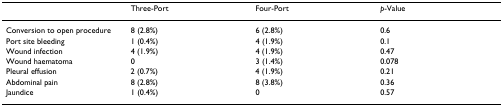
|  | Three-Port | Four-Port | p-Value |
 | --- | --- | --- | --- |
 | Conversion to open procedure | 8 (2.8%) | 6 (2.8%) | 0.6 |
 | Port site bleeding | 1 (0.4%) | 4 (1.9%) | 0.1 |
 | Wound infection | 4 (1.9%) | 4 (1.9%) | 0.47 |
 | Wound haematoma | 0 | 3 (1.4%) | 0.078 |
 | Pleural effusion | 2 (0.7%) | 4 (1.9%) | 0.21 |
 | Abdominal pain | 8 (2.8%) | 8 (3.8%) | 0.36 |
 | Jaundice | 1 (0.4%) | 0 | 0.57 |